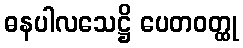
ဓနပါလသေဋ္ဌိ ပေတဝတ္ထု